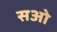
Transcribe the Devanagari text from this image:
सओ